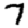
Digit: 7